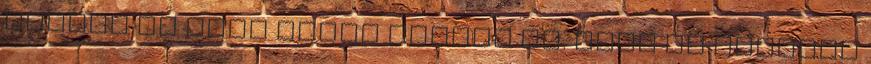
inkább ír vagy angol inkább ír. Fura és érdekes